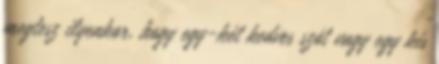
megtesz ilyenkor, hogy egy-két kedves szót vagy egy kis